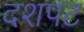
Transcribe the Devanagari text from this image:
दशपट